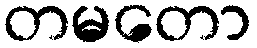
တမတော